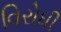
વિરોધી